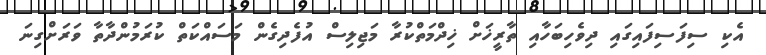
އެކި ސިފަސިފައިގައި ދިވެހިބަހާއި ތާރީޚަށް ޚިދްމަތްކުރާ މަޖިލިސް އުފެދިގެން މަސައްކަތް ކުރަމުންދާތާ ވަރަށްގިނަ